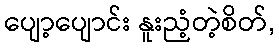
ပျော့ပျောင်း နူးညံ့တဲ့စိတ်,